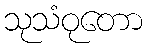
သုသံဝုတော